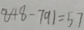
8 4 8 - 7 9 1 = 5 7